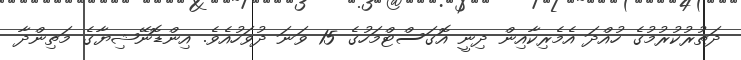
ދަތުރުކުރުމުގެ ހުއްދަ އެމެރިކާއިން ދިނީ އޮގަސްޓްމަހުގެ 15 ވަނަ ދުވަހުއެވެ. އިންޑޮނޭޝިޔާގެ މަތިންދާ